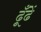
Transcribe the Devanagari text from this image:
ढूँढें